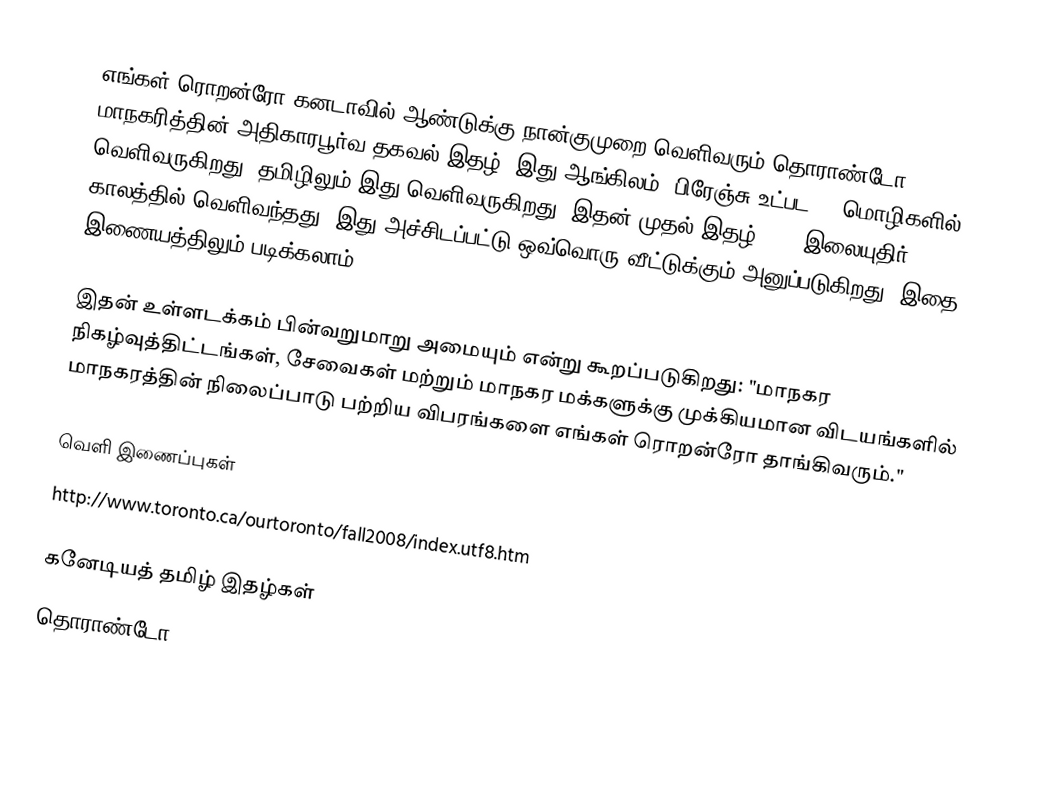
எங்கள் ரொறன்ரோ கனடாவில் ஆண்டுக்கு நான்குமுறை வெளிவரும் தொராண்டோ மாநகரித்தின் அதிகாரபூர்வ தகவல் இதழ்.  இது ஆங்கிலம், பிரேஞ்சு உட்பட 10 மொழிகளில் வெளிவருகிறது.  தமிழிலும் இது வெளிவருகிறது.  இதன் முதல் இதழ் 2008 இலையுதிர் காலத்தில் வெளிவந்தது.  இது அச்சிடப்பட்டு ஒவ்வொரு வீட்டுக்கும் அனுப்படுகிறது.  இதை இணையத்திலும் படிக்கலாம்.

இதன் உள்ளடக்கம் பின்வறுமாறு அமையும் என்று கூறப்படுகிறது: "மாநகர நிகழ்வுத்திட்டங்கள், சேவைகள் மற்றும் மாநகர மக்களுக்கு முக்கியமான விடயங்களில் மாநகரத்தின் நிலைப்பாடு பற்றிய விபரங்களை எங்கள் ரொறன்ரோ தாங்கிவரும்."

வெளி இணைப்புகள்
 http://www.toronto.ca/ourtoronto/fall2008/index.utf8.htm

கனேடியத் தமிழ் இதழ்கள்
தொராண்டோ